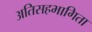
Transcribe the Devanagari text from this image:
अतिसहभागिता